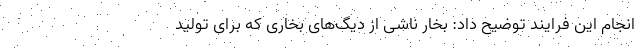
انجام این فرایند توضیح داد: بخار ناشی از دیگ‌های بخاری که برای تولید